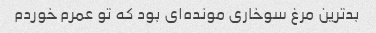
بدترین مرغ سوخاری مونده‌ای بود که تو عمرم خوردم